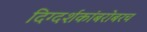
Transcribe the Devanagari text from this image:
दिग्दर्शकांबरोबरच